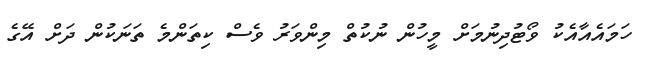
ހަމައެއާއެކު ވޯޓުދިނުމަށް މީހުން ނުކުތް މިންވަރު ވެސް ކިތަންމެ ތަނަކުން ދަށް އޭގެ